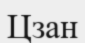
Цзан